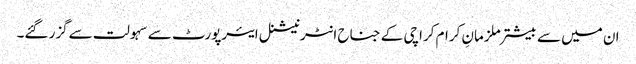
ان میں سے بیشتر ملزمانِ کرام کراچی کے جناح انٹرنیشنل ایئرپورٹ سے سہولت سےگزر گئے۔